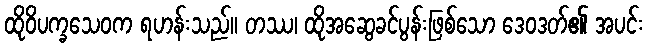
ထိုဝိပက္ခသေဝက ရဟန်းသည်။ တဿ၊ ထိုအဆွေခင်ပွန်းဖြစ်သော ဒေဝဒတ်၏ အပင်း